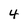
Character: 4